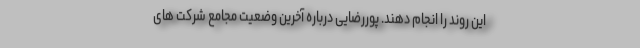
این روند را انجام دهند. پوررضایی درباره آخرین وضعیت مجامع شرکت های